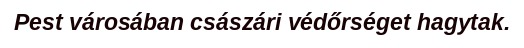
Pest városában császári védőrséget hagytak.